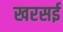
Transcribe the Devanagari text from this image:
खरसई